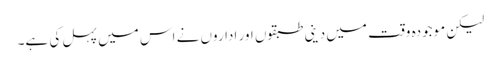
لیکن موجودہ وقت میں دینی طبقوں اور اداروں نے اس میں پہل کی ہے۔